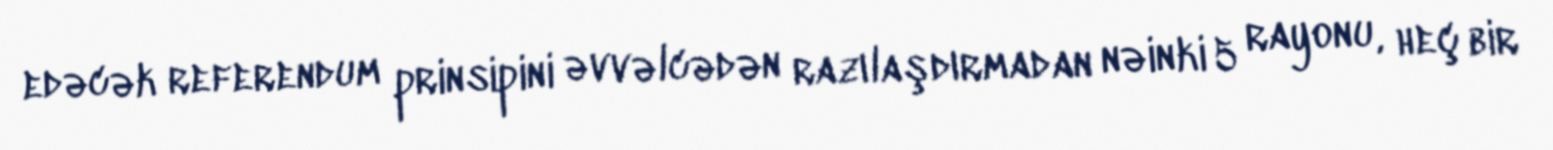
edəcək referendum prinsipini əvvəlcədən razılaşdırmadan nəinki 5 rayonu, heç bir